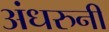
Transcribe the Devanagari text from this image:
अंधरुनी